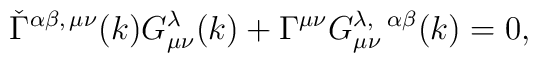
\check\Gamma^{\alpha\beta,\,\mu\nu}(k) G_{\mu\nu}^\lambda(k)+\Gamma^{\mu\nu} G_{\mu\nu}^{\lambda,\;\;\alpha\beta}(k)= 0,